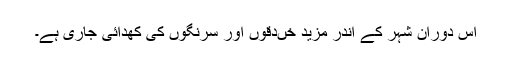
اس دوران شہر کے اندر مزید خںدقوں اور سرنگوں کی کھدائی جاری ہے۔